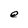
Character: e